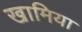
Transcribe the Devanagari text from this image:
खामिया